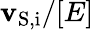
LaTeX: \mathbf{v}_{\mathrm{{S,i}}}/[E]